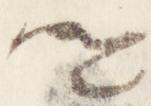
卿